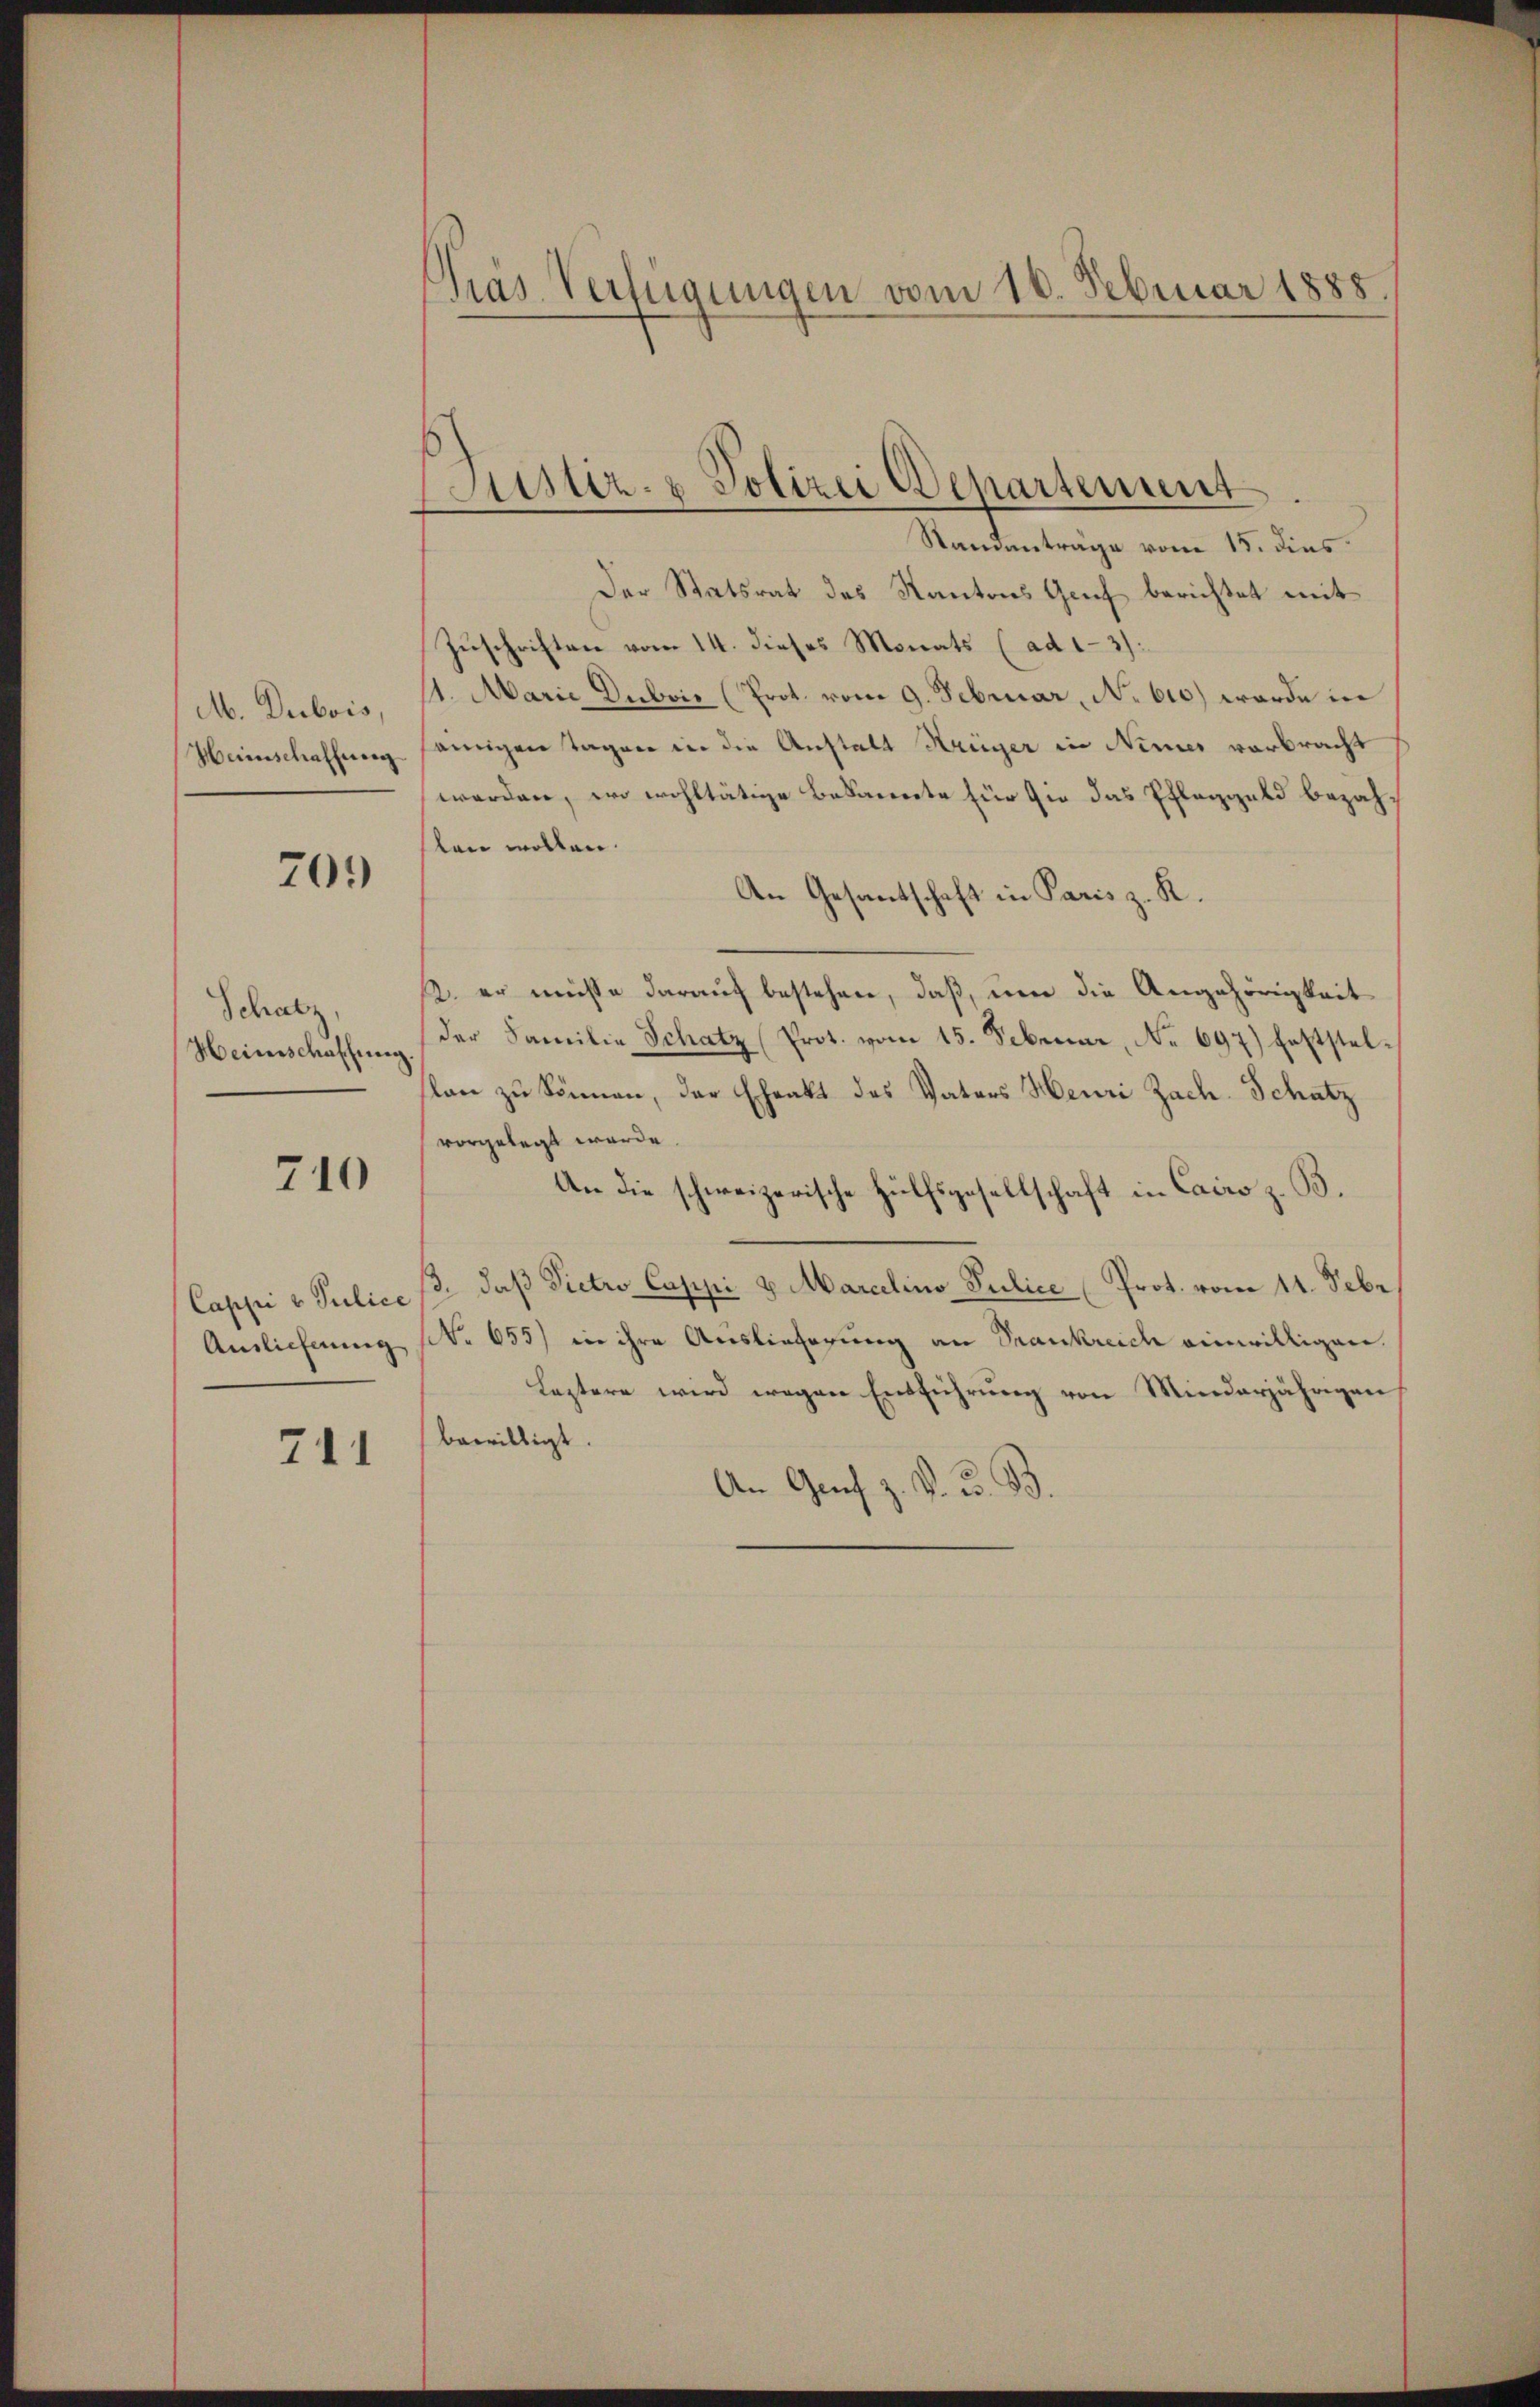
M. Dubois,
Heimschaffneng

703

Schatz
Heinschaffung.

710

Cappi v. Sulice
Ansliefnung

711

Gras Verfügungen vom 18. Februar 1888

Justiz- & Polizei Departement

Standanträge vom 15. dies
Der Statsrat des Kantons Geich berichtet mit
Zuschriften vom 14. dieses Monats (ad 1-3):
1. Marie Dubois (Prot. vom 9. Februar, No 610) werde in
einigen Tagen in die Anstalt Heinger in Nimer vorbracht
werden, wo wohltätige Bekannte für zu das Pfleggeld bezahlen wollen.
An Gesantschaft in Paris z. R.
2. er müsse darauf bestehen, daß, um die Angehörigkeit
der Familie Schatz (Prot. vom 15. Februar, No 697) Fettstellan zu können, der Ehrakt des Vaters Heuri Zach-Schutz
vorgelegt werde.
An die schweizerische Hülfsgesellschaft in Cairo z. B.
3. daß Pietro Caspi v. Marcelino Julice Prot. vom 11. Sebe
No 655) in ihre Auslieferung an Trankreich einwilligen.
Leztere wird wegen Entführung von Minderjährigen
bewilligt.
An Genf z. B. G. B.